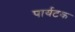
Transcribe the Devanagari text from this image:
पार्यटक